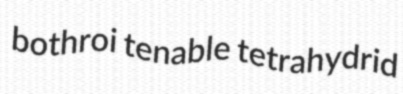
bothroi tenable tetrahydrid